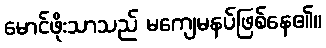
မောင်ဖိုးသာသည် မကျေမနပ်ဖြစ်နေ၏။